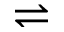
\rightleftharpoons